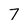
Character: 7